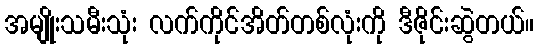
အမျိုးသမီးသုံး လက်ကိုင်အိတ်တစ်လုံးကို ဒီဇိုင်းဆွဲတယ်။